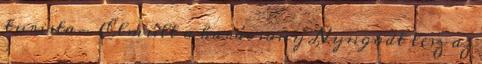
turista- Elmúlt a karácsony Nyugodt lesz az